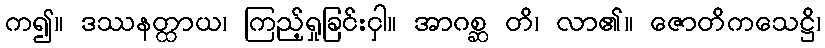
က၍။ ဒဿနတ္ထာယ၊ ကြည့်ရှုခြင်းငှါ။ အာဂစ္ဆ တိ၊ လာ၏။ ဇောတိကသေဋ္ဌိ၊